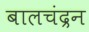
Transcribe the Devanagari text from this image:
बालचंद्रन